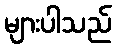
များပါသည်